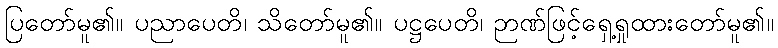
ပြတော်မူ၏။ ပညာပေတိ၊ သိတော်မူ၏။ ပဋ္ဌပေတိ၊ ဉာဏ်ဖြင့်ရှေ့ရှုထားတော်မူ၏။